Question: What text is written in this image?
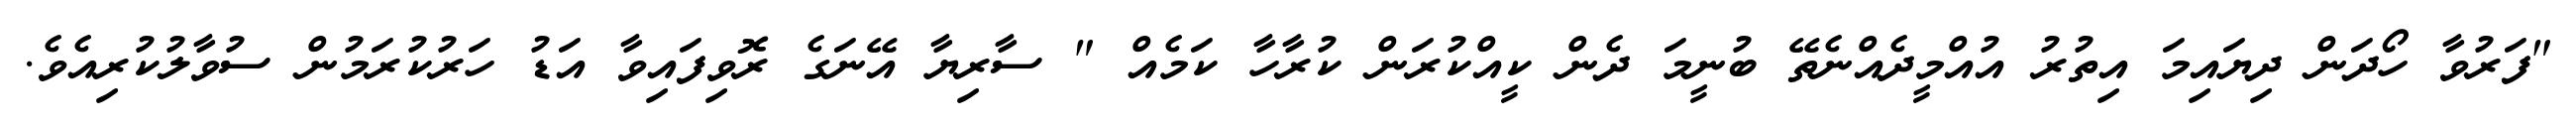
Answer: "ފަރުވާ ހޯދަން ދިޔައިމަ އިތުރު އުއްމީދެއްނެތޭ ބުނީމަ ދެން ކީއްކުރަން ކުރާހާ ކަމެއް " ސާރިޔާ އޭނަގެ ރޮވިފައިވާ އަޑު ހަރުކުރަމުން ސުވާލުކުރިއެވެ.